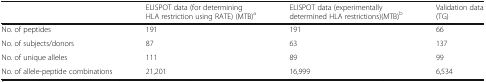
<table><thead><tr><td></td><td><b>ELISPOT data (for determining HLA restriction using RATE) (MTB)<sup>a</sup></b></td><td><b>ELISPOT data (experimentally determined HLA restrictions)(MTB)<sup>b</sup></b></td><td><b>Validation data (TG)</b></td></tr></thead><tbody><tr><td>No. of peptides</td><td>191</td><td>191</td><td>66</td></tr><tr><td>No. of subjects/donors</td><td>87</td><td>63</td><td>137</td></tr><tr><td>No. of unique alleles</td><td>111</td><td>89</td><td>99</td></tr><tr><td>No. of allele-peptide combinations</td><td>21,201</td><td>16,999</td><td>6,534</td></tr></tbody></table>